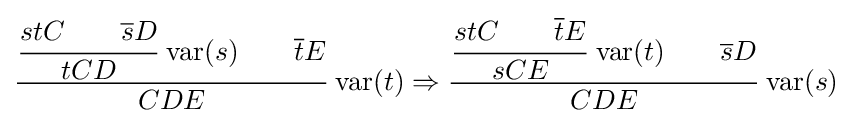
{\cfrac {{\cfrac {stC\qquad {\overline {s}}D}{tCD}}\,\operatorname {var} (s)\qquad {\overline {t}}E}{CDE}}\,\operatorname {var} (t)\Rightarrow {\cfrac {{\cfrac {stC\qquad {\overline {t}}E}{sCE}}\,\operatorname {var} (t)\qquad {\overline {s}}D}{CDE}}\,\operatorname {var} (s)